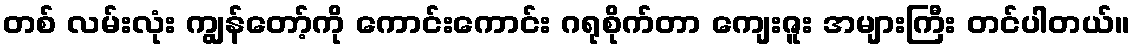
တစ် လမ်းလုံး ကျွန်တော့်ကို ကောင်းကောင်း ဂရုစိုက်တာ ကျေးဇူး အများကြီး တင်ပါတယ်။